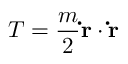
T = { \frac { m } { 2 } } \mathbf { \dot { r } } \cdot \mathbf { \dot { r } }